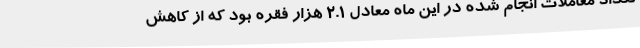
تعداد معاملات انجام شده در این ماه معادل ۲.۱ هزار فقره بود که از کاهش